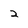
Character: 2